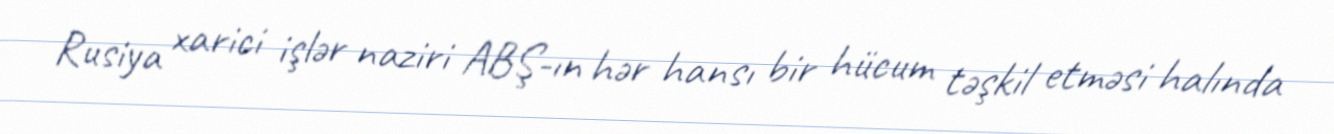
Rusiya xarici işlər naziri ABŞ-ın hər hansı bir hücum təşkil etməsi halında